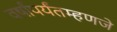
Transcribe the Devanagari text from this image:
वर्षांपर्यंतम्हणजे